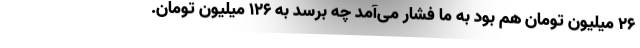
26 میلیون تومان هم بود به ما فشار می‌آمد چه برسد به 126 میلیون تومان.